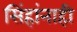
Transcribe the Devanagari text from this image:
सिंहांनाही